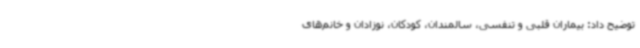
توضیح داد: بیماران قلبی و تنفسی، سالمندان، کودکان، نوزادان و خانم‌های